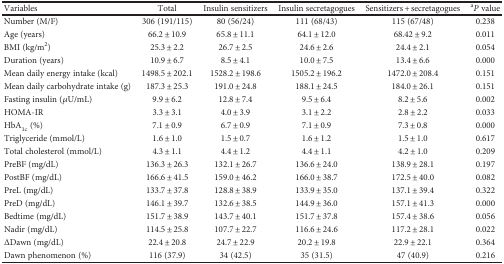
<table><thead><tr><td><b>Variables</b></td><td><b>Total</b></td><td><b>Insulin sensitizers</b></td><td><b>Insulin secretagogues</b></td><td><b>Sensitizers + secretagogues</b></td><td><b><sup>a</sup><i>P</i> value</b></td></tr></thead><tbody><tr><td>Number (M/F)</td><td>306 (191/115)</td><td>80 (56/24)</td><td>111 (68/43)</td><td>115 (67/48)</td><td>0.238</td></tr><tr><td>Age (years)</td><td>66.2 ± 10.9</td><td>65.8 ± 11.1</td><td>64.1 ± 12.0</td><td>68.42 ± 9.2</td><td>0.011</td></tr><tr><td>BMI (kg/m<sup>2</sup>)</td><td>25.3 ± 2.2</td><td>26.7 ± 2.5</td><td>24.6 ± 2.6</td><td>24.4 ± 2.1</td><td>0.054</td></tr><tr><td>Duration (years)</td><td>10.9 ± 6.7</td><td>8.5 ± 4.1</td><td>10.0 ± 7.5</td><td>13.4 ± 6.6</td><td>0.000</td></tr><tr><td>Mean daily energy intake (kcal)</td><td>1498.5 ± 202.1</td><td>1528.2 ± 198.6</td><td>1505.2 ± 196.2</td><td>1472.0 ± 208.4</td><td>0.151</td></tr><tr><td>Mean daily carbohydrate intake (g)</td><td>187.3 ± 25.3</td><td>191.0 ± 24.8</td><td>188.1 ± 24.5</td><td>184.0 ± 26.1</td><td>0.151</td></tr><tr><td>Fasting insulin (<i>μ</i>U/mL)</td><td>9.9 ± 6.2</td><td>12.8 ± 7.4</td><td>9.5 ± 6.4</td><td>8.2 ± 5.6</td><td>0.002</td></tr><tr><td>HOMA-IR</td><td>3.3 ± 3.1</td><td>4.0 ± 3.9</td><td>3.1 ± 2.2</td><td>2.8 ± 2.2</td><td>0.033</td></tr><tr><td>HbA<sub>1c</sub> (%)</td><td>7.1 ± 0.9</td><td>6.7 ± 0.9</td><td>7.1 ± 0.9</td><td>7.3 ± 0.8</td><td>0.000</td></tr><tr><td>Triglyceride (mmol/L)</td><td>1.6 ± 1.0</td><td>1.5 ± 0.7</td><td>1.6 ± 1.2</td><td>1.5 ± 1.0</td><td>0.617</td></tr><tr><td>Total cholesterol (mmol/L)</td><td>4.3 ± 1.1</td><td>4.4 ± 1.2</td><td>4.4 ± 1.1</td><td>4.2 ± 1.0</td><td>0.209</td></tr><tr><td>PreBF (mg/dL)</td><td>136.3 ± 26.3</td><td>132.1 ± 26.7</td><td>136.6 ± 24.0</td><td>138.9 ± 28.1</td><td>0.197</td></tr><tr><td>PostBF (mg/dL)</td><td>166.6 ± 41.5</td><td>159.0 ± 46.2</td><td>166.0 ± 38.7</td><td>172.5 ± 40.0</td><td>0.082</td></tr><tr><td>PreL (mg/dL)</td><td>133.7 ± 37.8</td><td>128.8 ± 38.9</td><td>133.9 ± 35.0</td><td>137.1 ± 39.4</td><td>0.322</td></tr><tr><td>PreD (mg/dL)</td><td>146.1 ± 39.7</td><td>132.6 ± 38.5</td><td>144.9 ± 36.0</td><td>157.1 ± 41.3</td><td>0.000</td></tr><tr><td>Bedtime (mg/dL)</td><td>151.7 ± 38.9</td><td>143.7 ± 40.1</td><td>151.7 ± 37.8</td><td>157.4 ± 38.6</td><td>0.056</td></tr><tr><td>Nadir (mg/dL)</td><td>114.5 ± 25.8</td><td>107.7 ± 22.7</td><td>116.6 ± 24.6</td><td>117.2 ± 28.1</td><td>0.022</td></tr><tr><td>ΔDawn (mg/dL)</td><td>22.4 ± 20.8</td><td>24.7 ± 22.9</td><td>20.2 ± 19.8</td><td>22.9 ± 22.1</td><td>0.364</td></tr><tr><td>Dawn phenomenon (%)</td><td>116 (37.9)</td><td>34 (42.5)</td><td>35 (31.5)</td><td>47 (40.9)</td><td>0.216</td></tr></tbody></table>